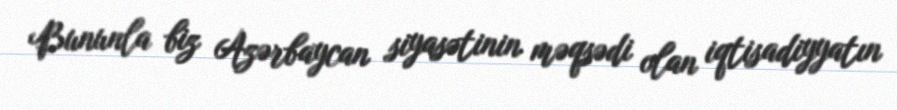
Bununla biz Azərbaycan siyasətinin məqsədi olan iqtisadiyyatın